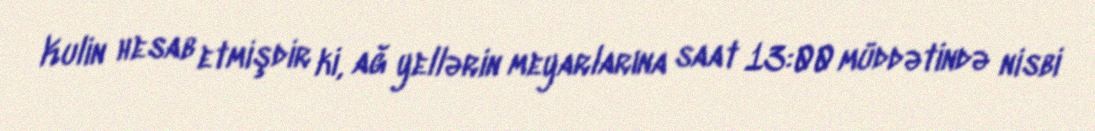
Kulin hesab etmişdir ki, ağ yellərin meyarlarına saat 13:00 müddətində nisbi